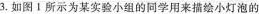
3.如图Ⅰ所示为某实验小组的同学用来描绘小灯泡的